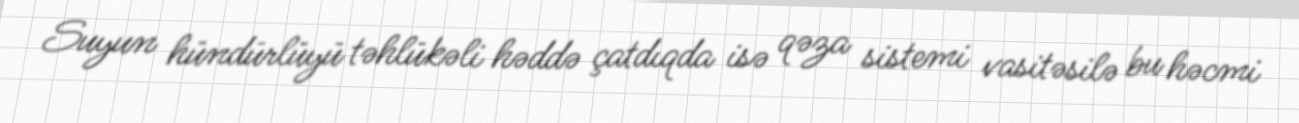
Suyun hündürlüyü təhlükəli həddə çatdıqda isə qəza sistemi vasitəsilə bu həcmi